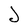
Character: J